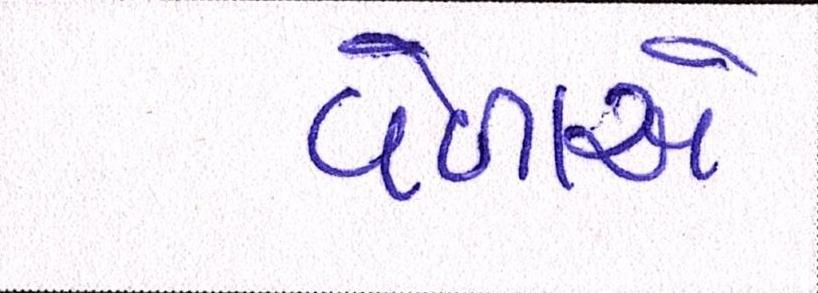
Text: વેળાએ